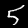
Digit: 5